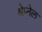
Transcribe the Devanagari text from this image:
श्रेप्नेल